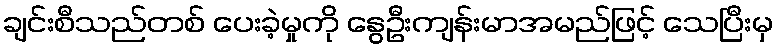
ချင်းစီသည်တစ် ပေးခဲ့မှုကို နွေဦးကျန်းမာအမည်ဖြင့် သေပြီးမှ